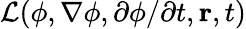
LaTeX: {\mathcal{L}}(\phi,\nabla\phi,\partial\phi/\partial t,\mathbf{r},t)